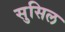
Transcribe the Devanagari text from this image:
सुसिल